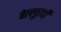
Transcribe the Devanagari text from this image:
वेल्लूरची